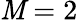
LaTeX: \mathit{M}=2